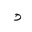
Letter: _dal